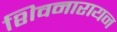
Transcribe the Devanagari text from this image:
शिवनारायन